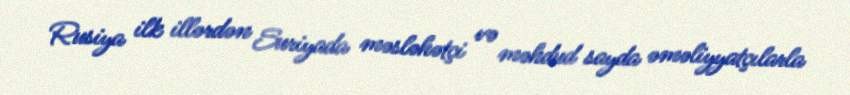
Rusiya ilk illərdən Suriyada məsləhətçi və məhdud sayda əməliyyatçılarla